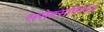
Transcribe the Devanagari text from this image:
ससेक्सविरूद्ध